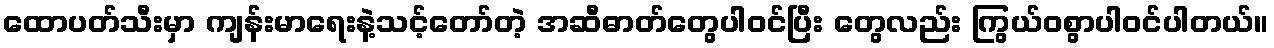
ထောပတ်သီးမှာ ကျန်းမာရေးနဲ့သင့်တော်တဲ့ အဆီဓာတ်တွေပါဝင်ပြီး တွေလည်း ကြွယ်ဝစွာပါဝင်ပါတယ်။